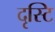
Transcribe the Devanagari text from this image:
दृस्टि